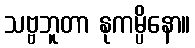
သဗ္ဗဘူတာ နုကမ္ပိနော။